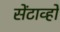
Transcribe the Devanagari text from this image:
सेंटाव्हो